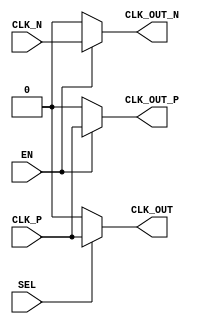
module differential_clock_buffer (
    input wire CLK_P,       // Positive differential clock input
    input wire CLK_N,       // Negative differential clock input
    input wire EN,         // Enable signal for the buffer operation
    input wire SEL,        // Select signal for internal clock sources/configurations
    output reg CLK_OUT_P,   // Positive output clock signal
    output reg CLK_OUT_N,   // Negative output clock signal
    output reg CLK_OUT      // Single-ended output clock signal
);

// Internal signals
reg CLK_INT_P;
reg CLK_INT_N;

// Buffer operation based on enable signal
always @(*) begin
    if (EN) begin
        // Amplifying and distributing differential clock signals
        CLK_INT_P = CLK_P; // Buffered positive clock
        CLK_INT_N = CLK_N; // Buffered negative clock
    end else begin
        // Disable the buffer by driving outputs low
        CLK_INT_P = 1'b0;
        CLK_INT_N = 1'b0;
    end
end

// Assign outputs
always @(*) begin
    CLK_OUT_P = CLK_INT_P;
    CLK_OUT_N = CLK_INT_N;

    // Single-ended output selection if SEL is set
    if (SEL) begin
        // Convert differential to single-ended - example taking CLK_P
        CLK_OUT = CLK_P; // Simple example - can be modified as per requirement
    end else begin
        CLK_OUT = 1'b0; // No valid single-ended output if SEL is not set
    end
end

endmodule